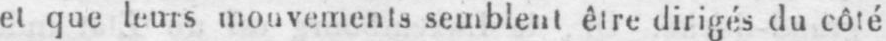
et que leurs mouvements semblent être dirigés du côté